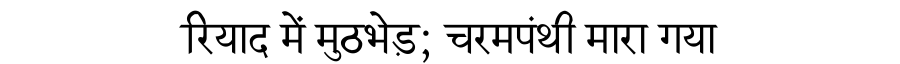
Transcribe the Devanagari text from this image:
रियाद में मुठभेड़; चरमपंथी मारा गया